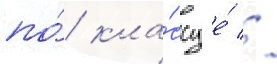
по́ кла́ссу е́ //